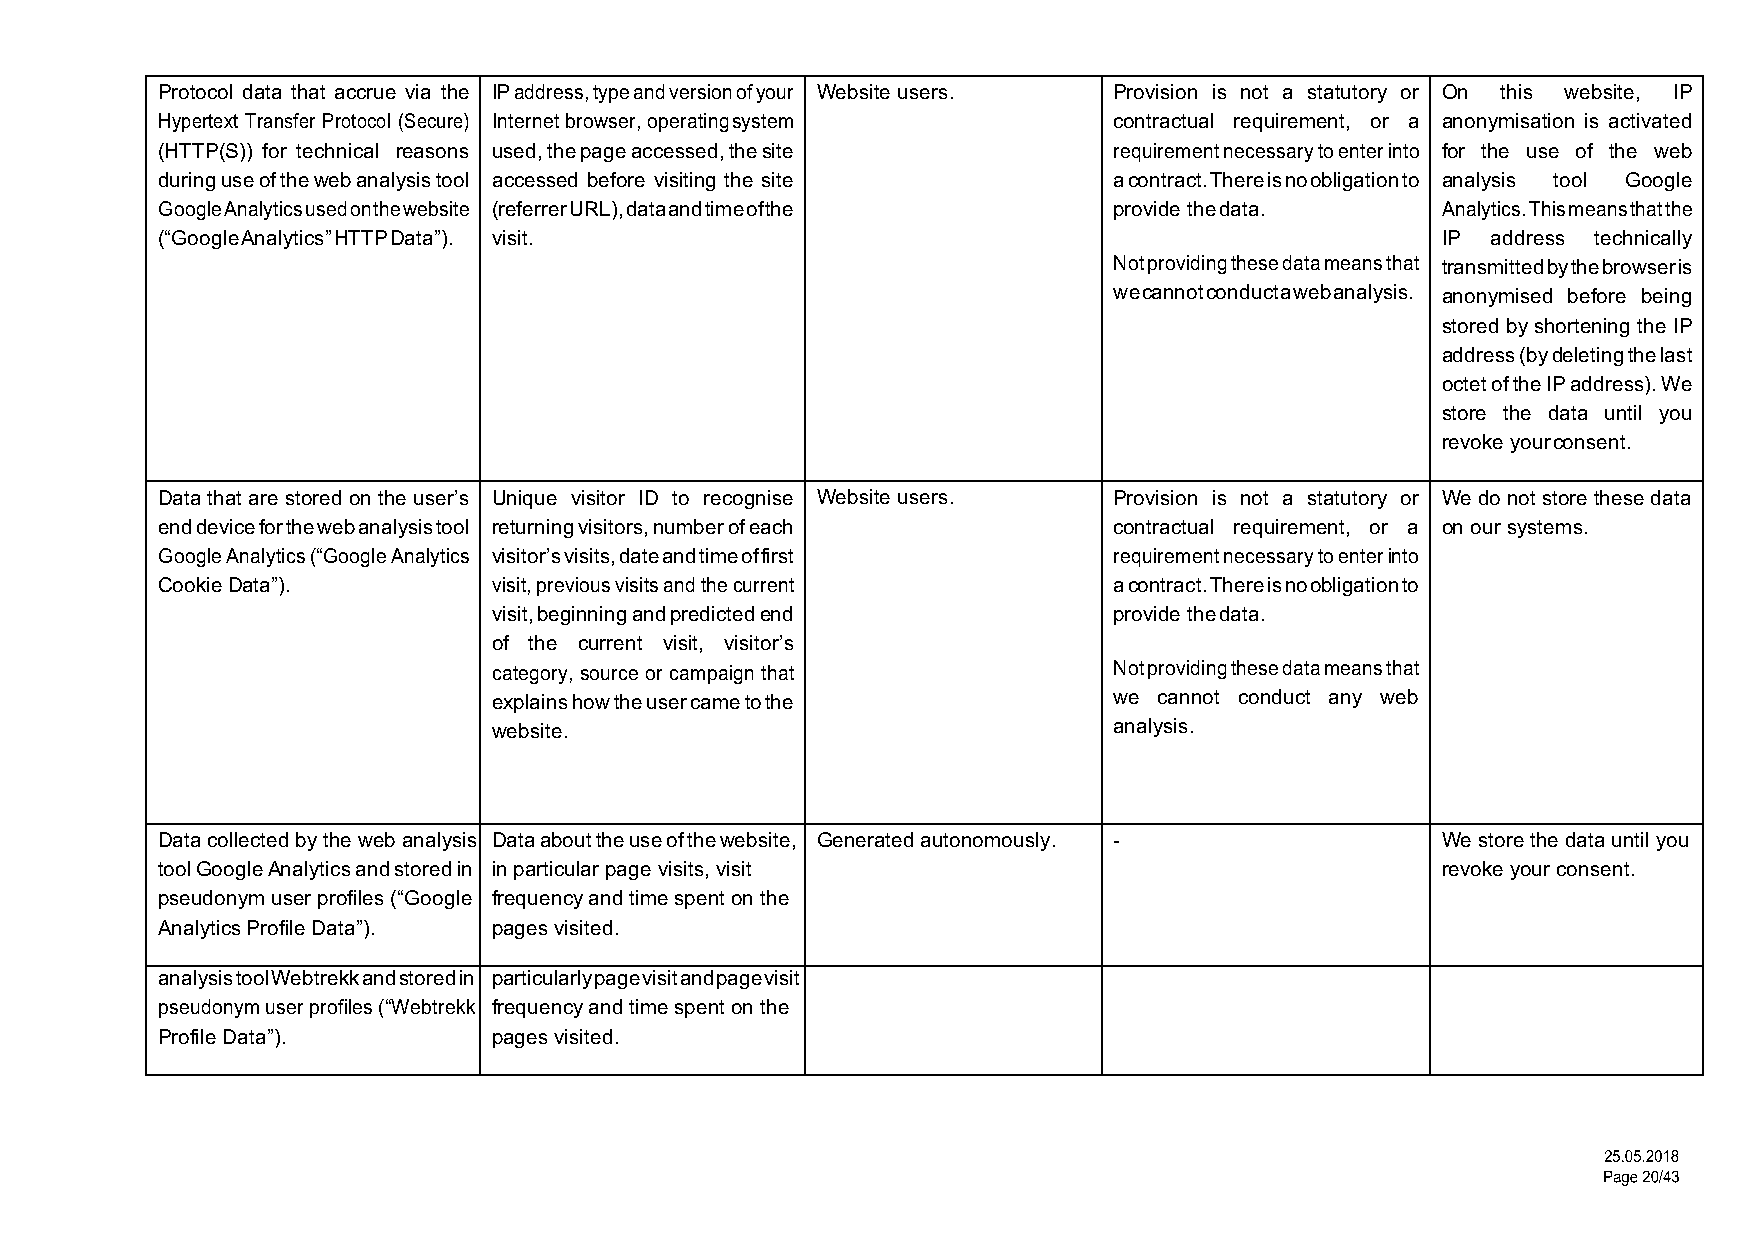
Protocol data that accrue via the IP address, type and version of your Website users. Provision is not a statutory or On this website, IP
 Hypertext Transfer Protocol (Secure) Internet browser, operating system contractual requirement, or a anonymisation is activated
 (HTTP(S)) for technical reasons used, the page accessed, the site requirement necessary to enter into for the use of the web
 during use of the web analysis tool accessed before visiting the site a contract. There is no obligation to analysis tool Google
 Google Analytics used on the website (referrer URL), data and time of the provide the data. Analytics. This means that the
 (“Google Analytics” HTTP Data”). visit.                                              IP  address technically
 Not providing these data means that transmitted by the browser is
 we cannot conduct a web analysis. anonymised before being
 stored by shortening the IP
 address (by deleting the last
 octet of the IP address). We
 store the data until you
 revoke your consent.
 Data that are stored on the user’s Unique visitor ID to recognise Website users. Provision is not a statutory or We do not store these data
 end device for the web analysis tool returning visitors, number of each contractual requirement, or a on our systems.
 Google Analytics (“Google Analytics visitor’s visits, date and time of first requirement necessary to enter into
 Cookie Data”).         visit, previous visits and the current   a contract. There is no obligation to
 visit, beginning and predicted end       provide the data.
 of the current visit, visitor’s
 category, source or campaign that        Not providing these data means that
 explains how the user came to the        we cannot conduct any web
 website.                                 analysis.
 Data collected by the web analysis Data about the use of the website, Generated autonomously. - We store the data until you
 tool Google Analytics and stored in in particular page visits, visit                 revoke your consent.
 pseudonym user profiles (“Google frequency and time spent on the
 Analytics Profile Data”). pages visited.
 analysis tool Webtrekk and stored in particularly page visit and page visit
 pseudonym user profiles (“Webtrekk frequency and time spent on the
 Profile Data”).        pages visited.